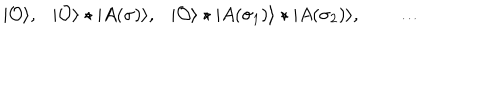
| { \cal O } \rangle , | { \cal O } \rangle \star | A ( \sigma ) \rangle , | { \cal O } \rangle \star | A ( \sigma _ { 1 } ) \rangle \star | A ( \sigma _ { 2 } ) \rangle , \qquad \dots